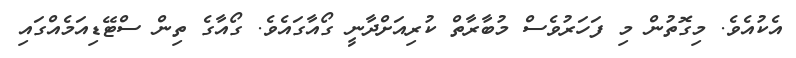
އެކުއެވެ. މިގޮތުން މި ފަހަރުވެސް މުބާރާތް ކުރިއަށްދާނީ ގޯއާގައެވެ. ގޯއާގެ ތިން ސްޓޭޑިއަމެއްގައި